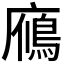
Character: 𪪦